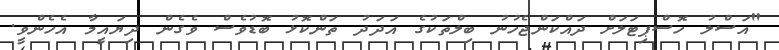
"އަސްލު ހޮސްޕިޓަލަށް ދައްކަންޖެހުނު ބިލްތަކުގެ އަދަދު ތަންކޮޅު ބޮޑުވެސް ވެގެން ދިޔައީމާ އެހެންވީ.